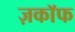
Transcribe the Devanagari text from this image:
ज़काॅफ